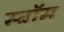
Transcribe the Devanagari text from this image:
स्त्रॉस